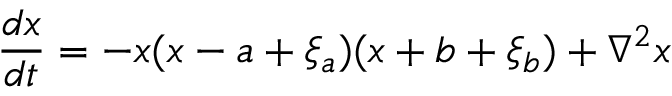
\frac { d x } { d t } = - x ( x - a + \xi _ { a } ) ( x + b + \xi _ { b } ) + \nabla ^ { 2 } x